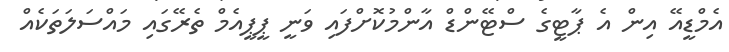
އެމްޑީއޭ އިން އެ ޕާޓީގެ ސްޓޭންޑް އާންމުކޮށްފައި ވަނީ ޕީޕީއެމް ތެރޭގައި މައްސަލަތަކެއް